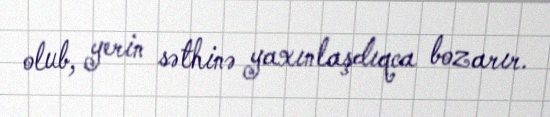
olub, yerin səthinə yaxınlaşdıqca bozarır.